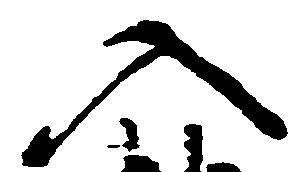
入